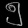
Digit: ၅